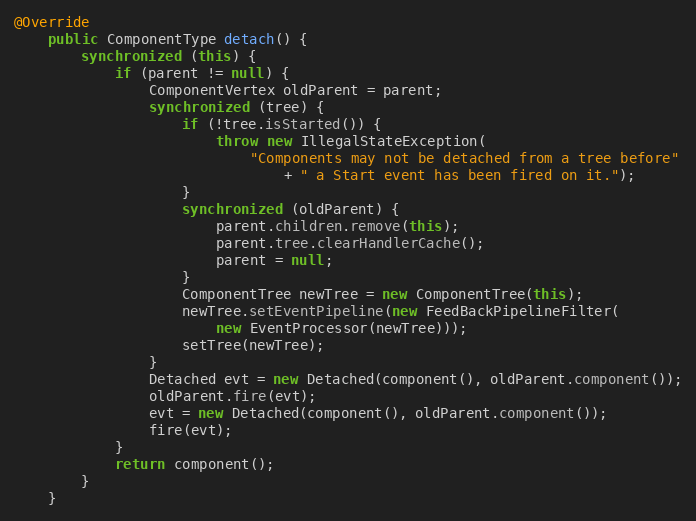
Language: Java
@Override
    public ComponentType detach() {
        synchronized (this) {
            if (parent != null) {
                ComponentVertex oldParent = parent;
                synchronized (tree) {
                    if (!tree.isStarted()) {
                        throw new IllegalStateException(
                            "Components may not be detached from a tree before"
                                + " a Start event has been fired on it.");
                    }
                    synchronized (oldParent) {
                        parent.children.remove(this);
                        parent.tree.clearHandlerCache();
                        parent = null;
                    }
                    ComponentTree newTree = new ComponentTree(this);
                    newTree.setEventPipeline(new FeedBackPipelineFilter(
                        new EventProcessor(newTree)));
                    setTree(newTree);
                }
                Detached evt = new Detached(component(), oldParent.component());
                oldParent.fire(evt);
                evt = new Detached(component(), oldParent.component());
                fire(evt);
            }
            return component();
        }
    }